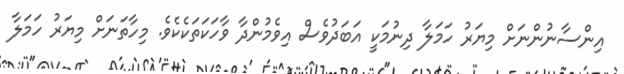
އިންސާނުންނަށް މިޔަރު ހަމަލާ ދިނުމަކީ އަބަދުވެސް އިވެމުންދާ ވާހަކަތަކެކެވެ. މިހާތަނަށް މިޔަރު ހަމަލާ